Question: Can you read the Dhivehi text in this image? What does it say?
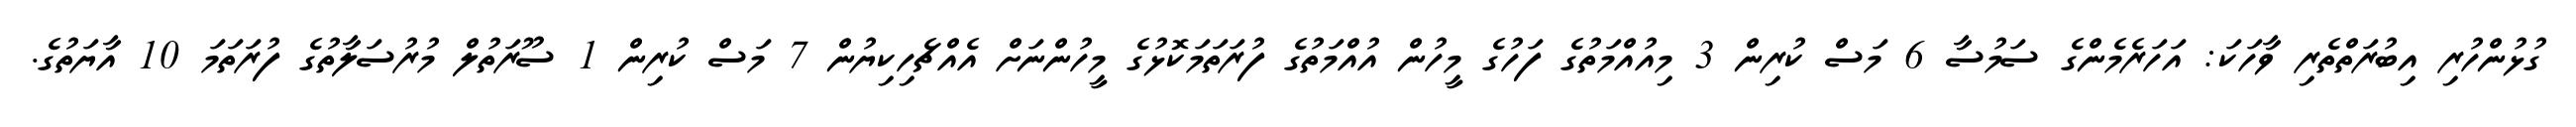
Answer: ގުޅުންހުރި އިބުރަތްތެރި ވާހަކަ: އަހަރެމެންގެ ސަމުސާ 6 މަސް ކުރިން 3 މިއުއްމަތުގެ ފަހުގެ މީހުން އުއްމަތުގެ ފުރަތަމަކޮޅުގެ މީހުންނަށް އެއްޗެހިކިޔުން 7 މަސް ކުރިން 1 ސޫރަތުލް މުރުސަލާތުގެ ފުރަތަމަ 10 އާޔަތުގެ.